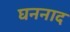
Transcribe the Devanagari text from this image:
घननाद